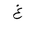
Letter: _gayn